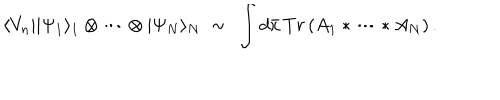
LaTeX: \langle V _ { n } | | \Psi _ { 1 } \rangle _ { 1 } \otimes \cdots \otimes | \Psi _ { N } \rangle _ { N } \; \sim \, \; \int d \bar { x } \, T r \left( A _ { 1 } \ast \cdots \ast A _ { N } \right) .